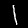
Label: 1